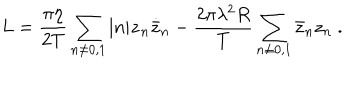
LaTeX: L = { \frac { \pi \eta } { 2 T } } \sum _ { n \neq 0 , 1 } | n | \dot { z } _ { n } \dot { \bar { z } } _ { n } - { \frac { 2 \pi \lambda ^ { 2 } R } { T } } \sum _ { n \neq 0 , 1 } \bar { z } _ { n } z _ { n } \ .